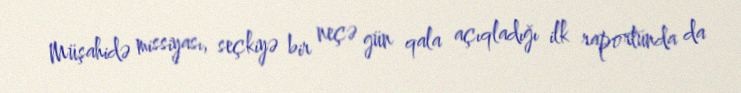
Müşahidə missiyası, seçkiyə bir neçə gün qala açıqladığı ilk raportunda da